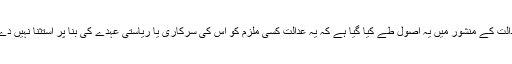
اس عدالت کے منشور میں یہ اصول طے کیا گیا ہے کہ یہ عدالت کسی ملزم کو اس کی سرکاری یا ریاستی عہدے کی بنا پر استثنا نہیں دے گی ۔